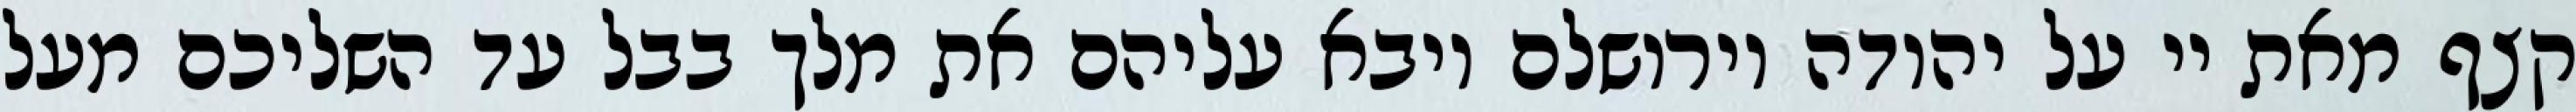
קצף מאת יי על יהודה וירושלם ויבא עליהם את מלך בבל עד השליכם מעל